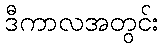
ဒီကာလအတွင်း